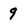
Character: 9